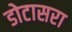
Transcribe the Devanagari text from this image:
डोटासरा